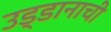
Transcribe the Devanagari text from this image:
उड्डानाची